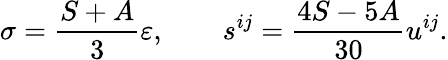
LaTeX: \sigma=\frac{S+A}3\varepsilon,\qquad s^{ij}=\frac{4S-5A}{30}u^{ij}.